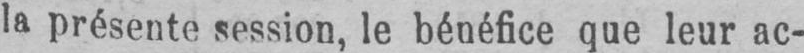
la présente session, le bénéfice que leur ac-